system: You are a helpful assistant.
user:
Analyze the provided spectrum to determine if it is a **S-type Star**.

- **Key Indicators for S-type Star:**

    - **(Overall Spectrum Shape):** The first and most obvious characteristic is the overall continuum (the "baseline" shape). It is **extremely "red-sloping,"** meaning the flux (light intensity) is very low on the left side (blue, ~4000-4500 Å) and rises steeply and continuously toward the right side (red, ~7000 Å+).

    - **(Primary):** The spectrum is defined by the presence of strong, broad molecular absorption "valleys" (bands) from **Zirconium Oxide (ZrO)**. The identification of these bands is the **primary requirement** for classifying a star as S-type.
        - **(Key Bandheads):** You must find distinct, deep "dips" where the light has been absorbed. The most critical band systems to locate are:
            - **~6474 Å** ($\gamma$-system): This is often the strongest and clearest ZrO feature, found in the red part of the spectrum.
            - **~5718 Å** & **~5551 Å** ($\beta$-system): A pair of prominent absorption features in the yellow-orange part of the spectrum.
            - **~4640 Å** ($\alpha$-system): A key absorption band system in the blue-green region of the spectrum.

    - **(Secondary Confirmation):** The classification is strengthened by finding additional absorption bands from other related heavy element oxides, which are expected to be present alongside ZrO.
        - **(Key Bandheads):**
            - **Yttrium Oxide (YO):** Look for absorption dips near **~4800 Å** and **~6100 Å**.
            - **Lanthanum Oxide (LaO):** Additional absorption features, particularly in the red-orange part of the spectrum, are also characteristic.

    - **(Line Profile):** The combination of the steep red continuum and these numerous, deep molecular bands (ZrO, YO, etc.) gives the entire spectrum a very **"chopped-up"** or **"bumpy"** appearance. Instead of a smooth curve, the spectrum looks as though large, wide chunks of light have been "carved out" of it at the specific wavelengths listed above.

Think first, call **spectral_visualization_tool** if needed to examine features in detail, then provide your final answer. Your response must adhere to the following strict rules:
1.  **Overall Structure:** Your response must follow the format `<think>...</think> <tool_call>...</tool_call> (if a tool is used) <answer>...</answer>`.
2.  **Tool Usage Constraint:** You may only make **one** tool call per turn.
3.  **Final Answer Format:** In the `<answer>` tag, your conclusion must be inside a `\boxed{}` command (e.g., `\boxed{YES}` or `\boxed{NO}`), followed by your justification.

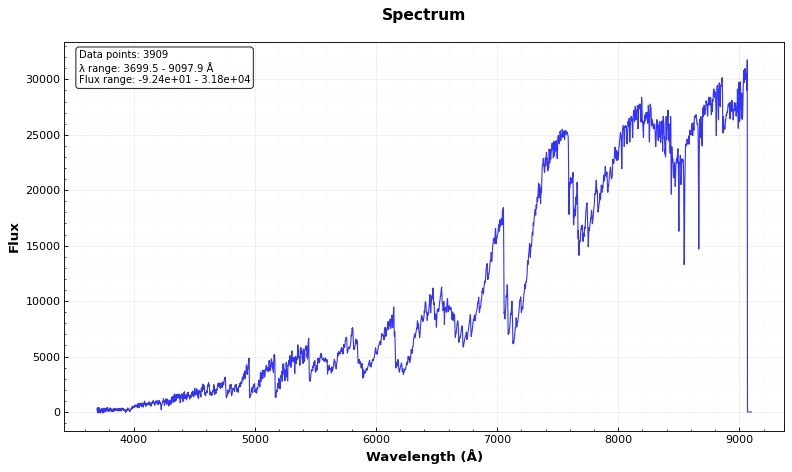
Answer: YES